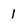
Character: 1